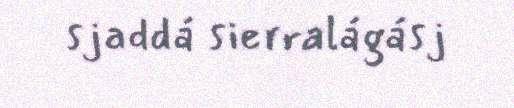
sjaddá sierralágásj